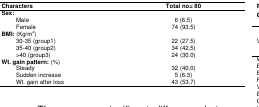
| Characters | Total no= 80 |
 | --- | --- |
 | Sex: |  |
 | Male | 6 (6.5) |
 | Female | 74 (93.5) |
 | BMI: (Kg/m2) |  |
 | 30-35 (group1) | 22 (27.5) |
 | 35-40 (group2) | 34 (42,5) |
 | >40 (group3) | 24 (30.0) |
 | Wt. gain pattern: (%) |
 | Steady | 32 (40,0) |
 | Sudden increase | 5 (6.3) |
 | Wt. gain after loss | 43 (53.7) |